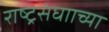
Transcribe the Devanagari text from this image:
राष्ट्रसंघााच्या